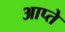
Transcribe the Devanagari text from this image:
आप्ते